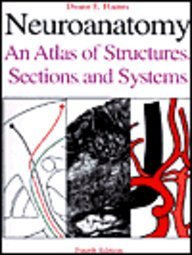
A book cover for Neuroanatomy: An Atlas of Structures, Sections, and Systems (Fourth Edition); Duane E. Ph.D. Haines; Medical Books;